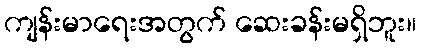
ကျန်းမာရေးအတွက် ဆေးခန်းမရှိဘူး။